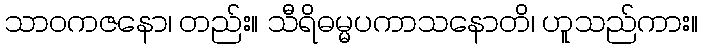
သာဝကဇနော၊ တည်း။ သီရိဓမ္မပကာသနောတိ၊ ဟူသည်ကား။